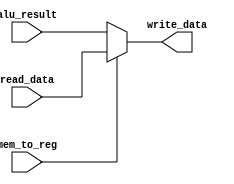
`timescale 1ns / 1ps

module write_back (
	input mem_to_reg,
	input [31:0] read_data,
	input [31:0] alu_result,
	output [31:0] write_data
	);
	
	assign write_data = mem_to_reg == 1'b1 ? read_data : alu_result;

endmodule